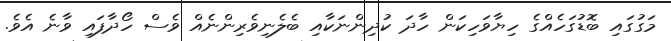
މަގުގައި ބޮޑުގަހެއްގެ ހިޔާވަހިކަން ހާދަ ކުދިންނަކާއި ބެލެނިވެރިންނެއް ވެސް ހޯދާފައި ވާނެ އެވެ.